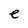
Character: e